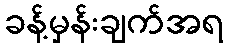
ခန့်မှန်းချက်အရ